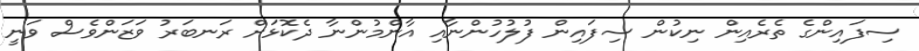
ސިފައިންގެ ތެރެއިން ނިކުން ސިފައިން ފުލުހުންނާއި އާންމުންނާ ދެކޮޅަށް ރަނބަރު ވަޒަންވެސް ވަނީ